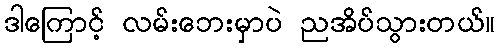
ဒါကြောင့် လမ်းဘေးမှာပဲ ညအိပ်သွားတယ်။